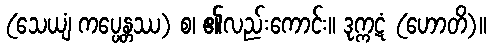
(သေယျံ ကပ္ပေန္တဿ) စ၊ ၏လည်းကောင်း။ ဒုက္ကဋံ (ဟောတိ)။